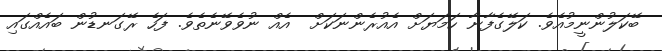
ބޭކަލުންނީމުއެވެ. ކަލޭގެފާނާ ހަމަޔަށް އެއުރެންނަކަށް  އެއް ނުވެވޭނެތެވެ. ފަހެ ރޭގަނޑުން ބައެއްގައި